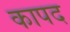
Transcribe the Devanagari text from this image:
कापद